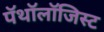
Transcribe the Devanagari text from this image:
पॅथॉलॉजिस्ट